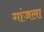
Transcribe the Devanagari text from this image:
गांजला